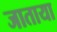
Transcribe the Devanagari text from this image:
जाताया